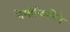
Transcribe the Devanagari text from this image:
नेमोफिलिने